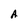
Character: A